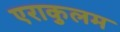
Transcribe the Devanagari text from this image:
एराकुलम